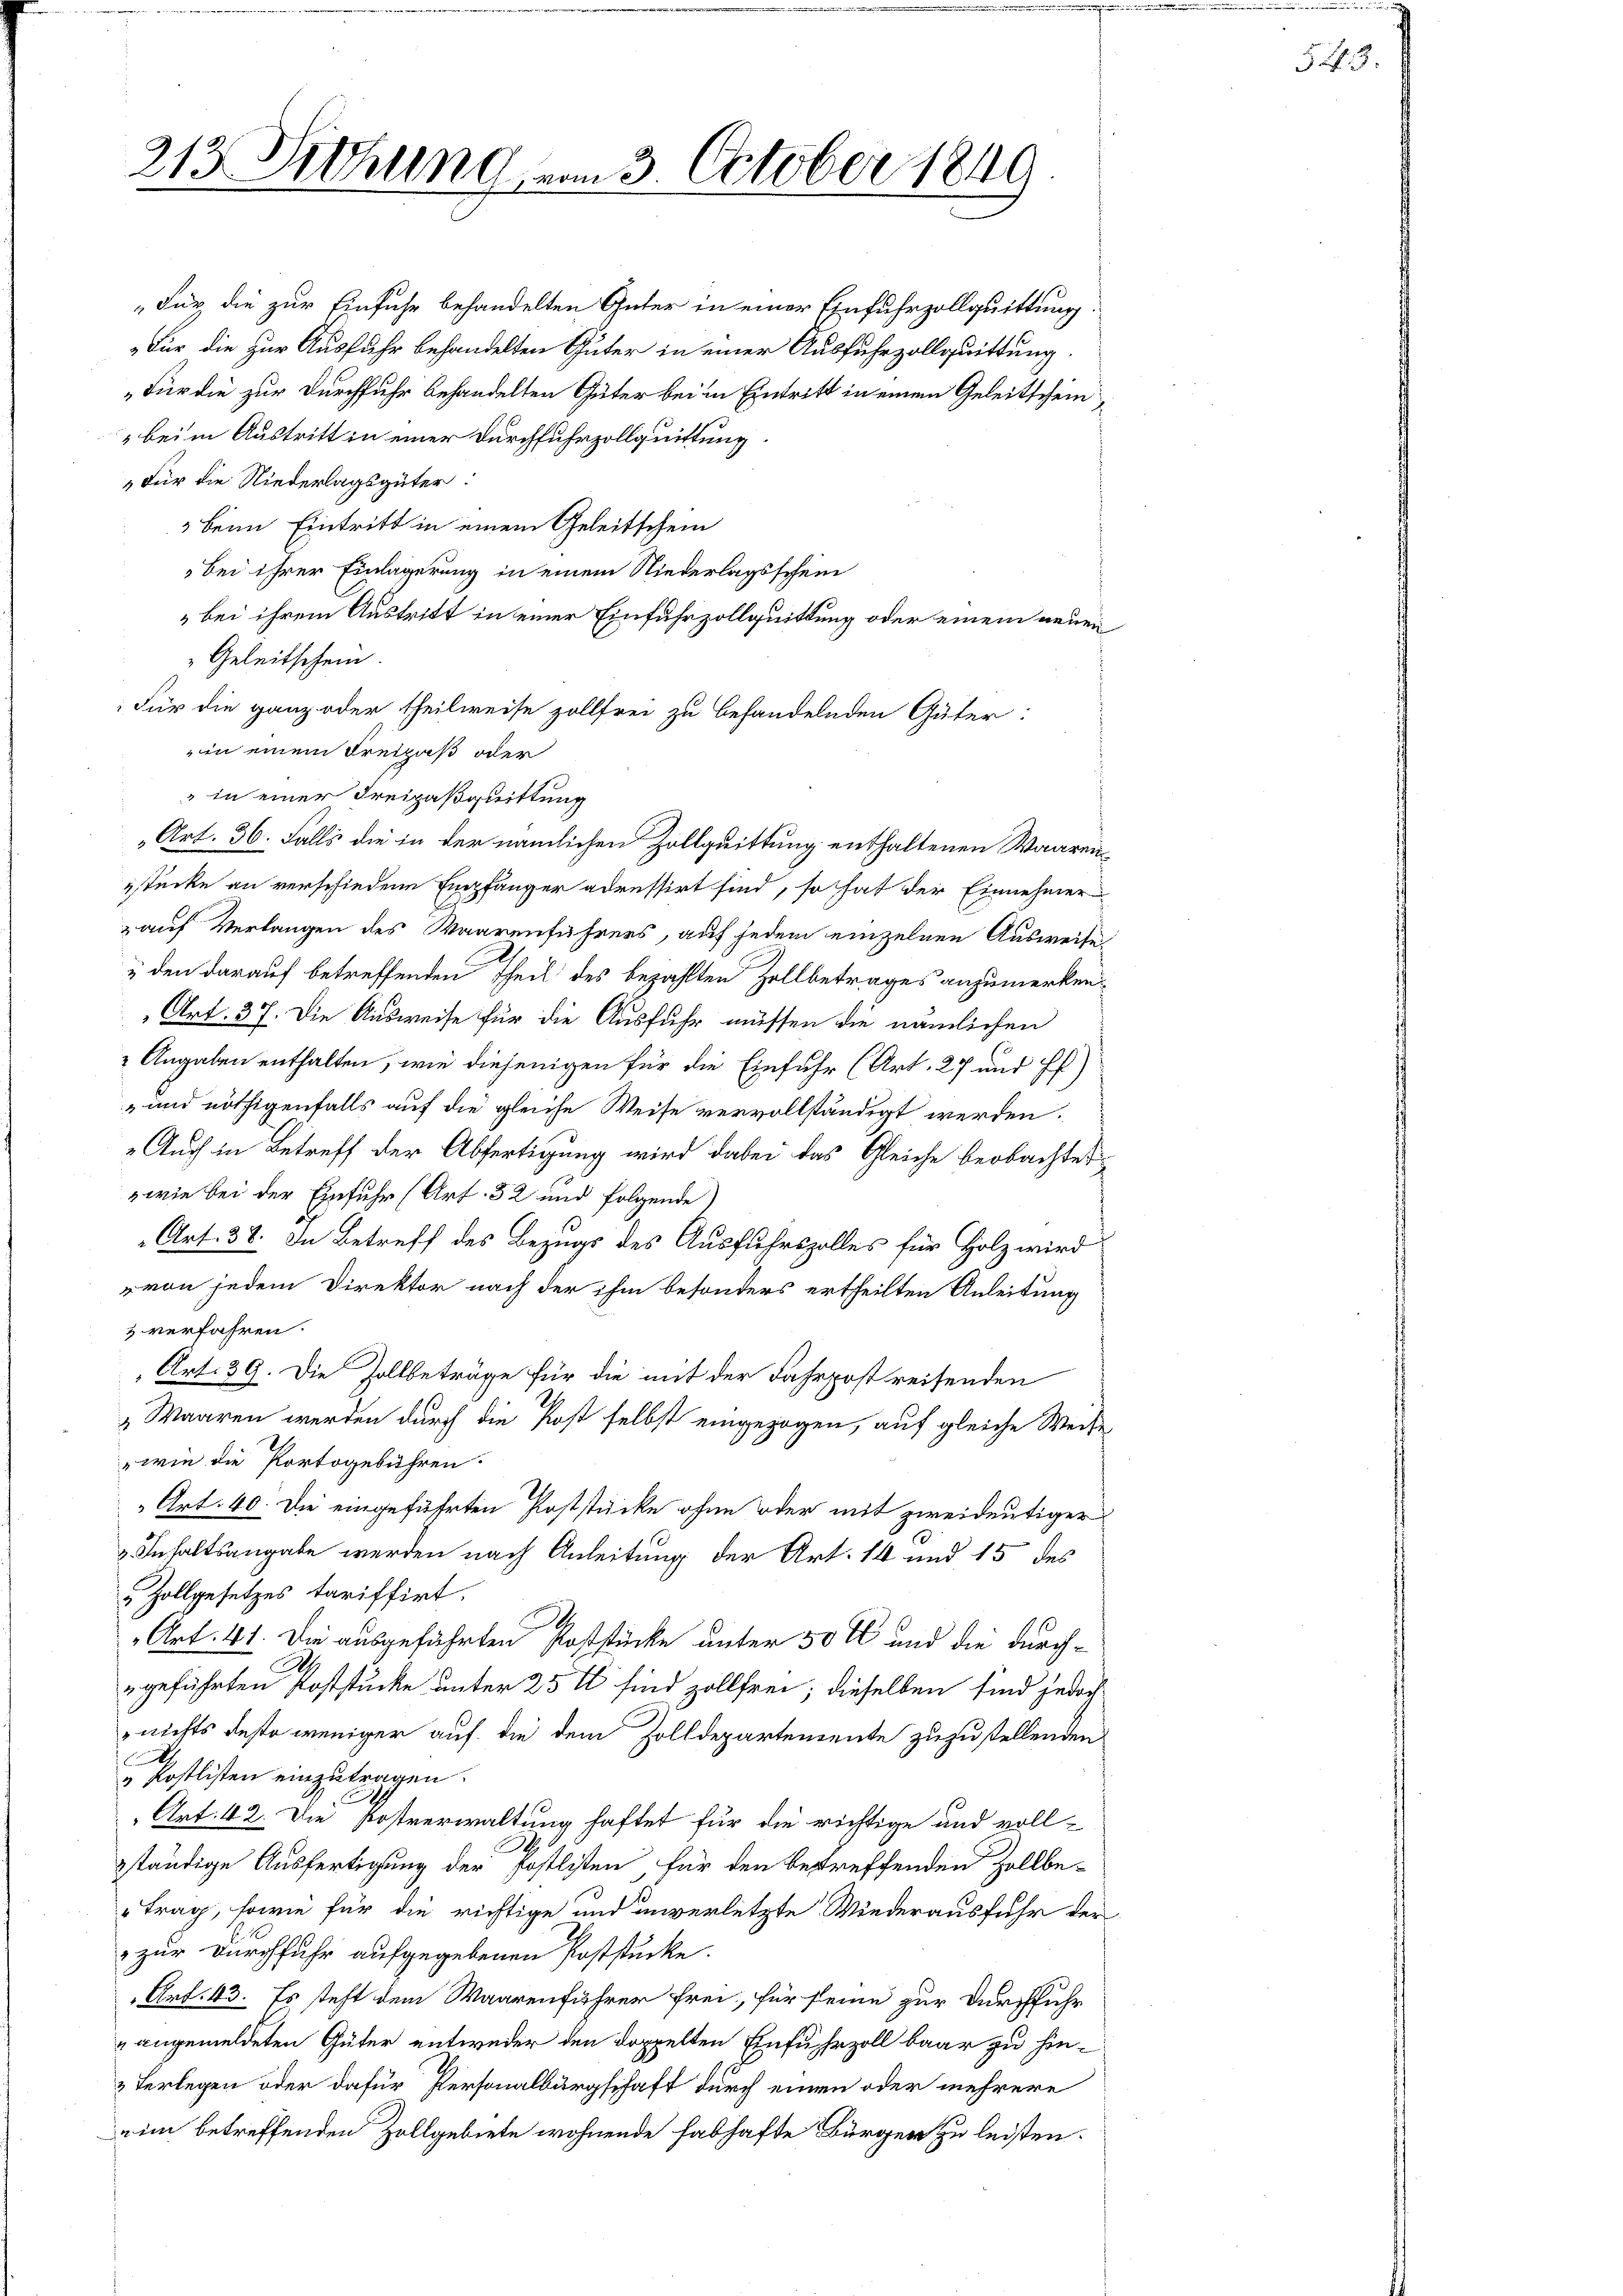
213. Siehung vom 3. October 1849

„Für die zur Einfuhr behandelten Güter in einer Einfuhrzollquittung.
Für die zur Ausfuhr behandelten Güter in einer Ausfuhrzollquittung.
„Für die zur Durchfuhr behandelten Güter bei in Eintritt in einem Geleitschein
 bei in Austritt in einer Durchfuhrzollquittung
„Für die Niederlagsgüter:
Beim Eintritt in einem Geleitschein
bei ihrer Einlagerung in einem Niederlagsschein
bei ihrem Austritt in einer Einfuhrzollquittung oder einem neuen
Geleitschein.
Für die ganz oder theilweise zollfrei zu behandelnden Güter:
in einem Freizaß oder
" in einer Freipaßquittung
„Art. 36. Falls die in der nämlichen Zollquittung enthaltenen Waarenstücke an verschiedene Empfänger adressirt sind, so hat der Einnehmer
 auf Verlangen des Waarenführers, auf jedem einzelnen Ausweisen
" den darauf betreffenden Theil des bezahlten Zollbetrages anzumerken
Art. 37. Die Ausweise für die Ausfuhr müssen die nämlichen
 Angaben enthalten, wie diejenigen für die Einfuhr (Art. 27 und Pf
 und nöthigenfalls auf die gleiche Weise vervollständigt werden.
Auch in Betreff der Abfertigung wird dabei das Gleiche beobachter
wie bei der Einfuhr (Art. 52 und folgende)
Art. 38. In Betreff des Bezugs des Ausfuhrszolles für Holz wird
von jedem Direktor nach der ihm besonders ertheilten Anleitung
3 verfahren.
Art. 39. Die Zollbeträge für die mit der Fahrpost reisenden
Waaren werden durch die Post selbst eingezogen, auf gleiche Weise
wie die Portogebühren.
Art. 40. Die eingeführten Poststücke ohne oder mit zweideutiger
Inhaltsangabe werden nach Anleitung der Art. 14 und 15 des
Zollgesetzes tariffirt.
Art. 41. Die ausgeführten Poststücke unter 50 M und die durch¬
A
geführten Poststücke unter 25 t sind zollfrei; dieselben sind jedoch
nichts desto weniger auf die dem Zolldepartemente zuzustellenden
köstlisten einzutragen.
Art. 42. Die Postverwaltung haftet für die richtige und voll-
ständige Ausfertigung der Postlisten, für den betreffenden Zollbe-
trag, sowie für die richtige und unverletzte Wiederausfuhr der
 zur Durchfuhr aufgegebenen Poststücke.
Art. 43. Es steht dem Waarenführer frei, für seine zur Durchfuhr
" angemeldeten Güter entweder den doppelten Einfuhrzoll baar zu hin¬
& Verlegen oder dafür Personalbürgschaft durch einen oder mehrere
im betreffenden Zollgebiete wohnende fabhafte Bürger zu leisten.

543.